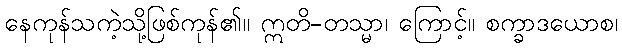
နေကုန်သကဲ့သို့ဖြစ်ကုန်၏။ ဣတိ-တသ္မာ၊ ကြောင့်။ စက္ခာဒယောစ၊